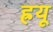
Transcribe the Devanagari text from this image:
ह्रयू